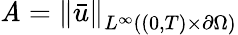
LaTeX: \mathit{A}=\left\lVert\bar{{u}}\right\rVert_{L^{\infty}((0,T)\times\partial\Omega)}